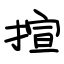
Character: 揎